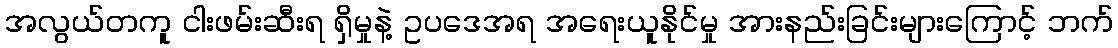
အလွယ်တကူ ငါးဖမ်းဆီးရ ရှိမှုနဲ့ ဥပဒေအရ အရေးယူနိုင်မှု အားနည်းခြင်းများကြောင့် ဘက်